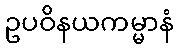
ဥပဝိနယကမ္မာနံ